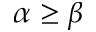
\alpha \geq \beta